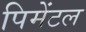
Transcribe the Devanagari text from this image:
पिमेंटल